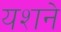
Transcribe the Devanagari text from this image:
यशने